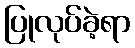
ပြုလုပ်ခဲ့ရာ